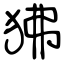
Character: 狒